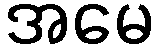
အမေ